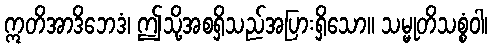
ဣတိအာဒိဘေဒံ၊ ဤသို့အစရှိသည်အပြားရှိသော။ သမ္မုတိသစ္စံဝါ၊